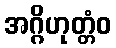
အဂ္ဂိဟုတ္တံဝ